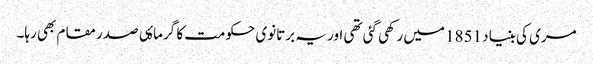
مری کی بنیاد 1851 میں رکھی گئی تھی اور یہ برتانوی حکومت کا گرماۂی صدر مقام بھی رہا۔